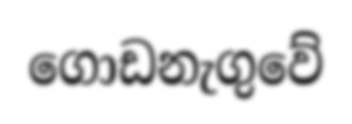
ගොඩනැගුවේ